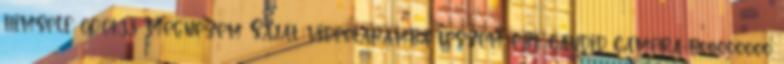
himself 00:01:33 Megnézem Saját videótáramba teszem ezt candid camera-boooooooo